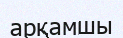
арқамшы